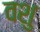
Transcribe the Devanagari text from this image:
वशु